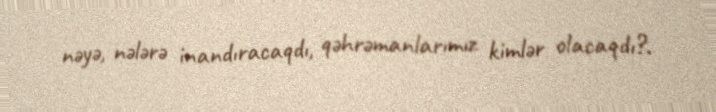
nəyə, nələrə inandıracaqdı, qəhrəmanlarımız kimlər olacaqdı?.